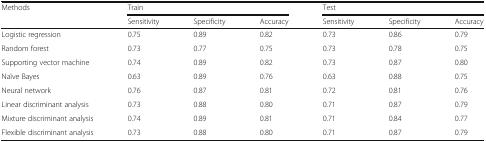
<table><thead><tr><td><b>Methods</b></td><td colspan="3"><b>Train</b></td><td colspan="3"><b>Test</b></td></tr><tr><td></td><td><b>Sensitivity</b></td><td><b>Specificity</b></td><td><b>Accuracy</b></td><td><b>Sensitivity</b></td><td><b>Specificity</b></td><td><b>Accuracy</b></td></tr></thead><tbody><tr><td>Logistic regression</td><td>0.75</td><td>0.89</td><td>0.82</td><td>0.73</td><td>0.86</td><td>0.79</td></tr><tr><td>Random forest</td><td>0.73</td><td>0.77</td><td>0.75</td><td>0.73</td><td>0.78</td><td>0.75</td></tr><tr><td>Supporting vector machine</td><td>0.74</td><td>0.89</td><td>0.82</td><td>0.73</td><td>0.87</td><td>0.80</td></tr><tr><td>Naïve Bayes</td><td>0.63</td><td>0.89</td><td>0.76</td><td>0.63</td><td>0.88</td><td>0.75</td></tr><tr><td>Neural network</td><td>0.76</td><td>0.87</td><td>0.81</td><td>0.72</td><td>0.81</td><td>0.76</td></tr><tr><td>Linear discriminant analysis</td><td>0.73</td><td>0.88</td><td>0.80</td><td>0.71</td><td>0.87</td><td>0.79</td></tr><tr><td>Mixture discriminant analysis</td><td>0.74</td><td>0.89</td><td>0.81</td><td>0.71</td><td>0.84</td><td>0.77</td></tr><tr><td>Flexible discriminant analysis</td><td>0.73</td><td>0.88</td><td>0.80</td><td>0.71</td><td>0.87</td><td>0.79</td></tr></tbody></table>